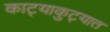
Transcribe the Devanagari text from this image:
काट्याकुट्यात